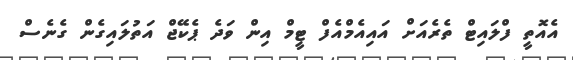
އެއޮތީ ފްލައިޓް ތެރެއަށް އައިއެމްއެފް ޓީމް އިން ވަދެ ޕެކޭޖް އަތުލައިގެން ގެނެސް